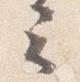
云